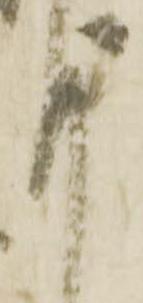
謹